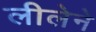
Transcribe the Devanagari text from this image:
लीलेने